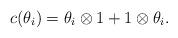
LaTeX: \begin{align*}c(\theta_i) = \theta_i\otimes 1 + 1\otimes \theta_i.\end{align*}